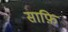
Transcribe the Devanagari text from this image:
साफ़ि